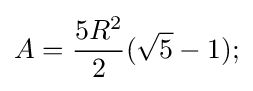
A={\frac {5R^{2}}{2}}({\sqrt {5}}-1);